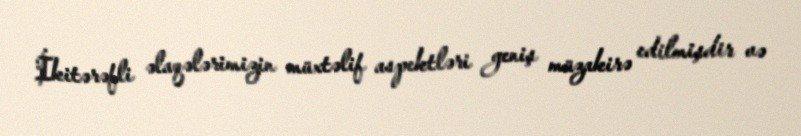
İkitərəfli əlaqələrimizin müxtəlif aspektləri geniş müzakirə edilmişdir və